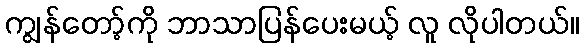
ကျွန်တော့်ကို ဘာသာပြန်ပေးမယ့် လူ လိုပါတယ်။